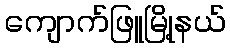
ကျောက်ဖြူမြို့နယ်